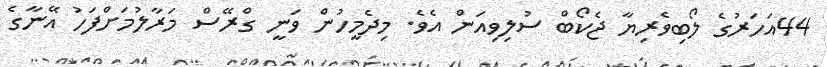
44އަހަރުގެ ލޯބިވެރިޔާ ޖެކޯބް ސުލިވިއަން އެވެ. މިދެމީހުން ވަނީ ގްރޭސް މަރާލުމަށްފަހު އޭނާގެ